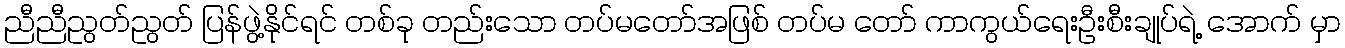
ညီညီညွတ်ညွတ် ပြန်ဖွဲ့နိုင်ရင် တစ်ခု တည်းသော တပ်မတော်အဖြစ် တပ်မ တော် ကာကွယ်ရေးဦးစီးချုပ်ရဲ့ အောက် မှာ